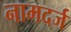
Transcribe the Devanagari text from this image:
नामदर्ज